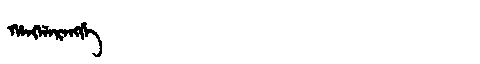
Manchu: ᡥᠠᠩᡤᠠᡵᠠᠩᡤᡝ
Romanization: HANGGARANGGE